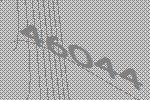
46044